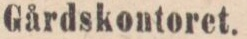
Gårdskontoret.    (672)